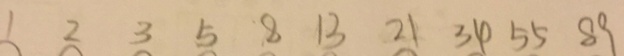
1 2 3 5 8 1 3 2 1 3 4 5 5 8 9